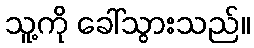
သူ့ကို ခေါ်သွားသည်။